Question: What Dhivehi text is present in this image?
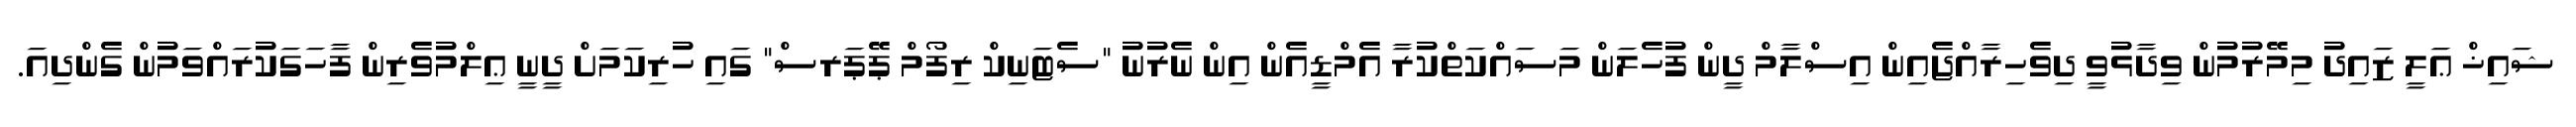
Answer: ޝައިޚް ޢަލީ ޒައިދު މިމޭރުމުން ވިދާޅުވީ ދިވެހިރާއްޖެއިން އިސްލާމް ދީން ފުހެލަން މަސައްކަތްކުރާ އެމްޑީއެން އިން ނެރުނު "ސެޓަނިކް ރިފޯމް ޕޭޕަރސް" ގައި ހުރިކަމަށް ދީނީ ޢިލްމުވެރިން ފާހަގަކުރައްވަމުން ގެންދިއަ.